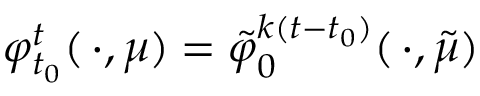
\varphi _ { t _ { 0 } } ^ { t } ( \, \cdot , \mu ) = \tilde { \varphi } _ { 0 } ^ { k ( t - t _ { 0 } ) } ( \, \cdot , \tilde { \mu } )